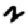
Digit: 2